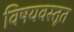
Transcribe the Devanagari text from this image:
विषयवस्तूत